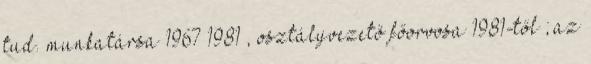
tud. munkatársa 1967–1981 , osztályvezető főorvosa 1981-től ; az